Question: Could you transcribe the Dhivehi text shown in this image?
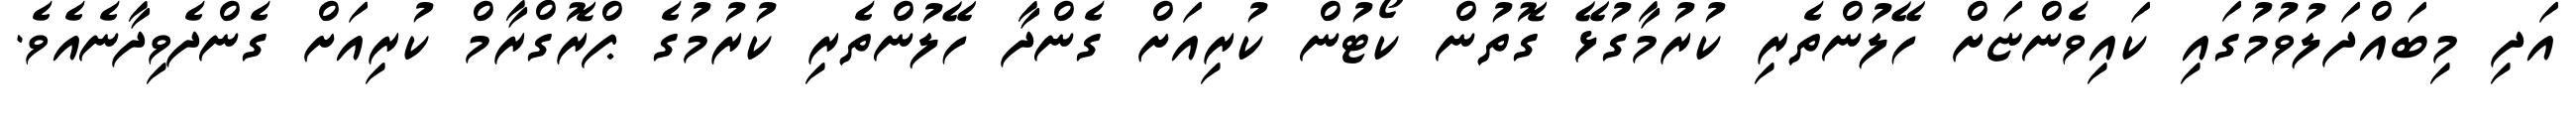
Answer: އަދި މިބައްދަލުވުމުގައި ކައިވެންޏަށް ހޭލުންތެރި ކުރުމާގުޅޭ ގޮތުން ކޯޓުން ކުރިއަށް ގެންދާ ހޭލުންތެރި ކުރުމުގެ ޕްރޮގްރާމް ކުރިއަށް ގެންދެވިދާނެއެވެ.